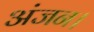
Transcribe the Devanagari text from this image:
अंजन।